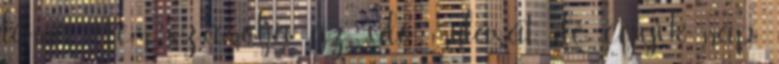
lenne. Nem számolja az idő múlását, de egyik nap